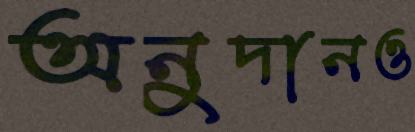
অনুদানও